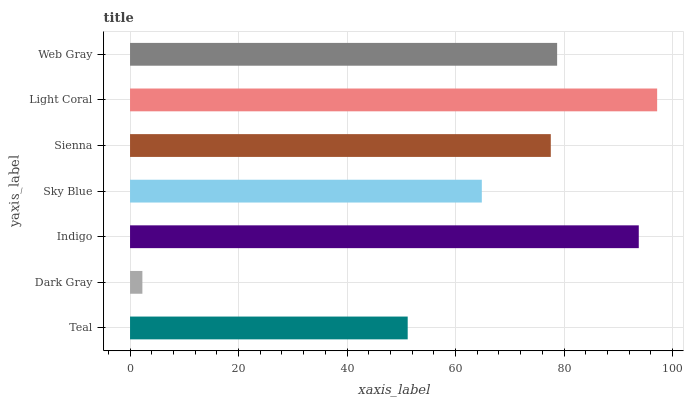
| yaxis_label | bars |
 | --- | --- |
 | Teal | 51.2 |
 | Dark Gray | 2.28 |
 | Indigo | 93.8 |
 | Sky Blue | 64.8 |
 | Sienna | 77.6 |
 | Light Coral | 97.2 |
 | Web Gray | 78.7 |